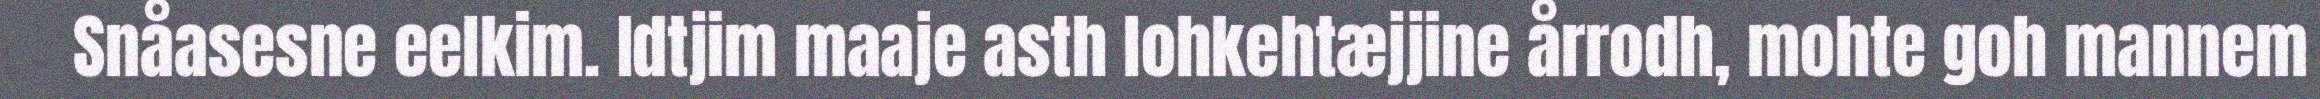
Snåasesne eelkim. Idtjim maaje asth lohkehtæjjine årrodh, mohte goh mannem